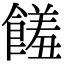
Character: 饈